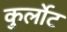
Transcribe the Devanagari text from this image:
कुर्लोट